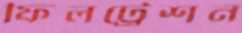
ফিলট্রেশন